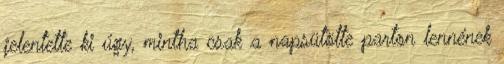
jelentette ki úgy, mintha csak a napsütötte parton lennének